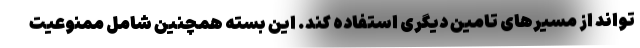
تواند از مسیرهای تامین دیگری استفاده کند. این بسته همچنین شامل ممنوعیت